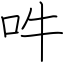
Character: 吽